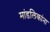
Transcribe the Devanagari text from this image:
मांडलिकांना